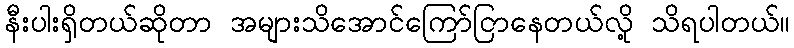
နီးပါးရှိတယ်ဆိုတာ အများသိအောင်ကြော်ငြာနေတယ်လို့ သိရပါတယ်။